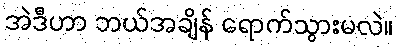
အဲဒီဟာ ဘယ်အချိန် ရောက်သွားမလဲ။